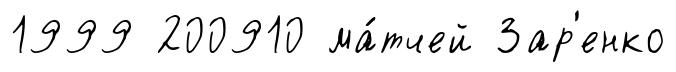
1999 200910 ма́тчей Зар'енко